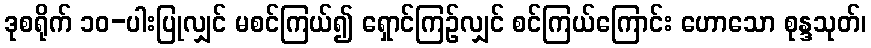
ဒုစရိုက် ၁၀-ပါးပြုလျှင် မစင်ကြယ်၍ ရှောင်ကြဉ်လျှင် စင်ကြယ်ကြောင်း ဟောသော စုန္ဒသုတ်၊